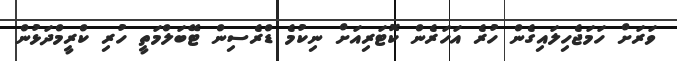
ވަރަށް ހަމަޖެހިލައިގެން ހުރެ އަހަރެން ކޮޓަރިއަށް ނިކުމެ ޑްރެސިން ޓޭބަލްމަތީ ހުރި ކްރީމްދަޅުން